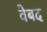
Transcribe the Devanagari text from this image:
वेबद